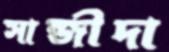
সান্জীদা